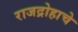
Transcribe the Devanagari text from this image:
राजद्रोहाचे